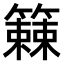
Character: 𫂧